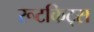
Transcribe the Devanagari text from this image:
रूटकिट्स